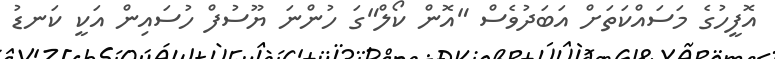
އޮފީހުގެ މަސައްކަތަށް އަބަދުވެސް "އޮން ކޯލް"ގަ ހުންނަ ޔޫސުފް ހުސައިން އަކީ ކަނޑު